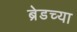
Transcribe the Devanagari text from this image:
ब्रेडच्या